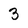
Character: 3